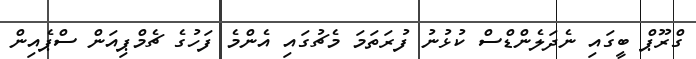
ގްރޫޕް ބީގައި ނެދަލެންޑްސް ކުޅުނު ފުރަތަމަ މެޗުގައި އެންމެ ފަހުގެ ޗެމްޕިއަން ސްޕެއިން